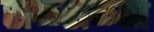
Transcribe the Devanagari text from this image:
सळसळता